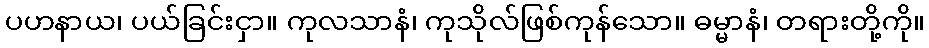
ပဟနာယ၊ ပယ်ခြင်းငှာ။ ကုလသာနံ၊ ကုသိုလ်ဖြစ်ကုန်သော။ ဓမ္မာနံ၊ တရားတို့ကို။